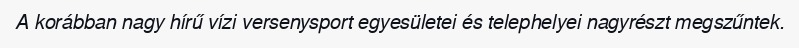
A korábban nagy hírű vízi versenysport egyesületei és telephelyei nagyrészt megszűntek.